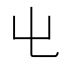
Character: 𡳾